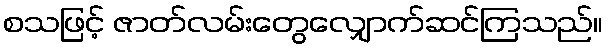
စသဖြင့် ဇာတ်လမ်းတွေလျှောက်ဆင်ကြသည်။